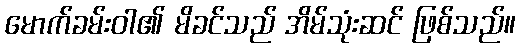
မောက်ခမ်းဝါ၏ မိခင်သည် အိမ်သုံးဆင် ဖြစ်သည်။